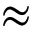
\approx